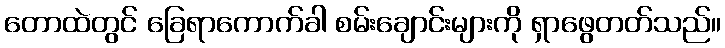
တောထဲတွင် ခြေရာကောက်ခါ စမ်းချောင်းများကို ရှာဖွေတတ်သည်။